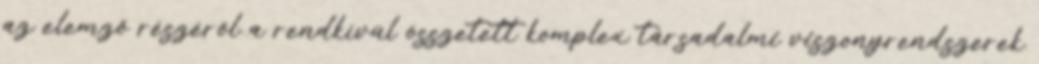
az elemző részéről a rendkívül összetett komplex társadalmi viszonyrendszerek